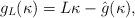
LaTeX: \begin{align*}g_L(\kappa) =L \kappa - \hat{g}(\kappa),\end{align*}